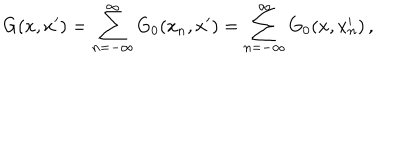
G ( x , x ^ { \prime } ) = \sum _ { n = - \infty } ^ { \infty } G _ { 0 } ( x _ { n } , x ^ { \prime } ) = \sum _ { n = - \infty } ^ { \infty } G _ { 0 } ( x , x _ { n } ^ { \prime } ) \, ,